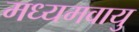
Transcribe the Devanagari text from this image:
मध्यमवायु